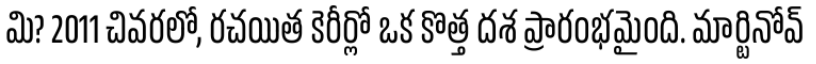
మి? 2011 చివరలో, రచయిత కెరీర్లో ఒక కొత్త దశ ప్రారంభమైంది. మార్టినోవ్